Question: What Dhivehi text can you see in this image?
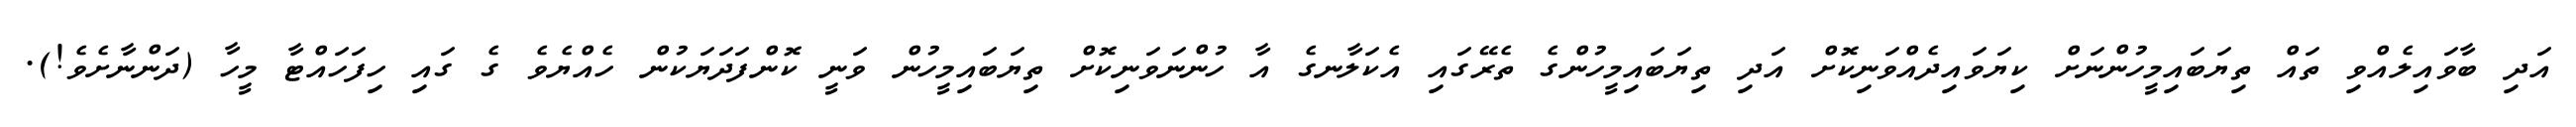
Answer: އަދި ބާވައިލެއްވި ތައް ތިޔަބައިމީހުންނަށް ކިޔަވައިދެއްވަނިކޮށް އަދި ތިޔަބައިމީހުންގެ ތެރޭގައި އެކަލާނގެ އާ ހުންނަވަނިކޮށް ތިޔަބައިމީހުން ވަނީ ކޮންފަދަޔަކުން ހެއްޔެވެ ގެ ގައި ހިފަހައްޓާ މީހާ (ދަންނާށެވެ!).